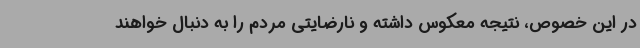
در این خصوص، نتیجه معکوس داشته و نارضایتی مردم را به دنبال خواهند